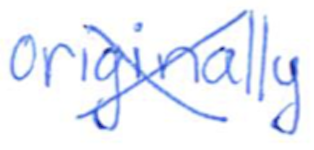
Text: originally
Cross-out: cross
Writing tool: ballpoint